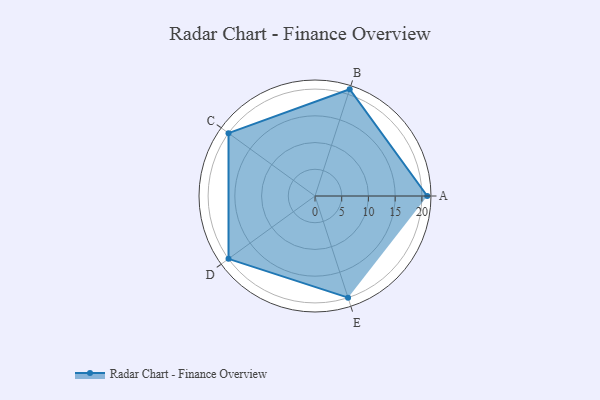
{"axis": {"x": "Skill", "y": "Score"}, "legend": ["Profile"], "data": [{"x": "A", "y": 21.0, "type": "Profile"}, {"x": "B", "y": 21.0, "type": "Profile"}, {"x": "C", "y": 20, "type": "Profile"}, {"x": "D", "y": 20, "type": "Profile"}, {"x": "E", "y": 20, "type": "Profile"}]}